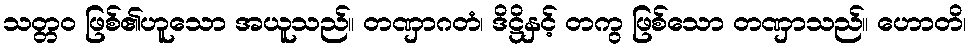
သတ္တဝ ဖြစ်၏ဟူသော အယူသည်။ တဏှာဂတံ၊ ဒိဋ္ဌိနှင့် တကွ ဖြစ်သော တဏှာသည်။ ဟောတိ၊